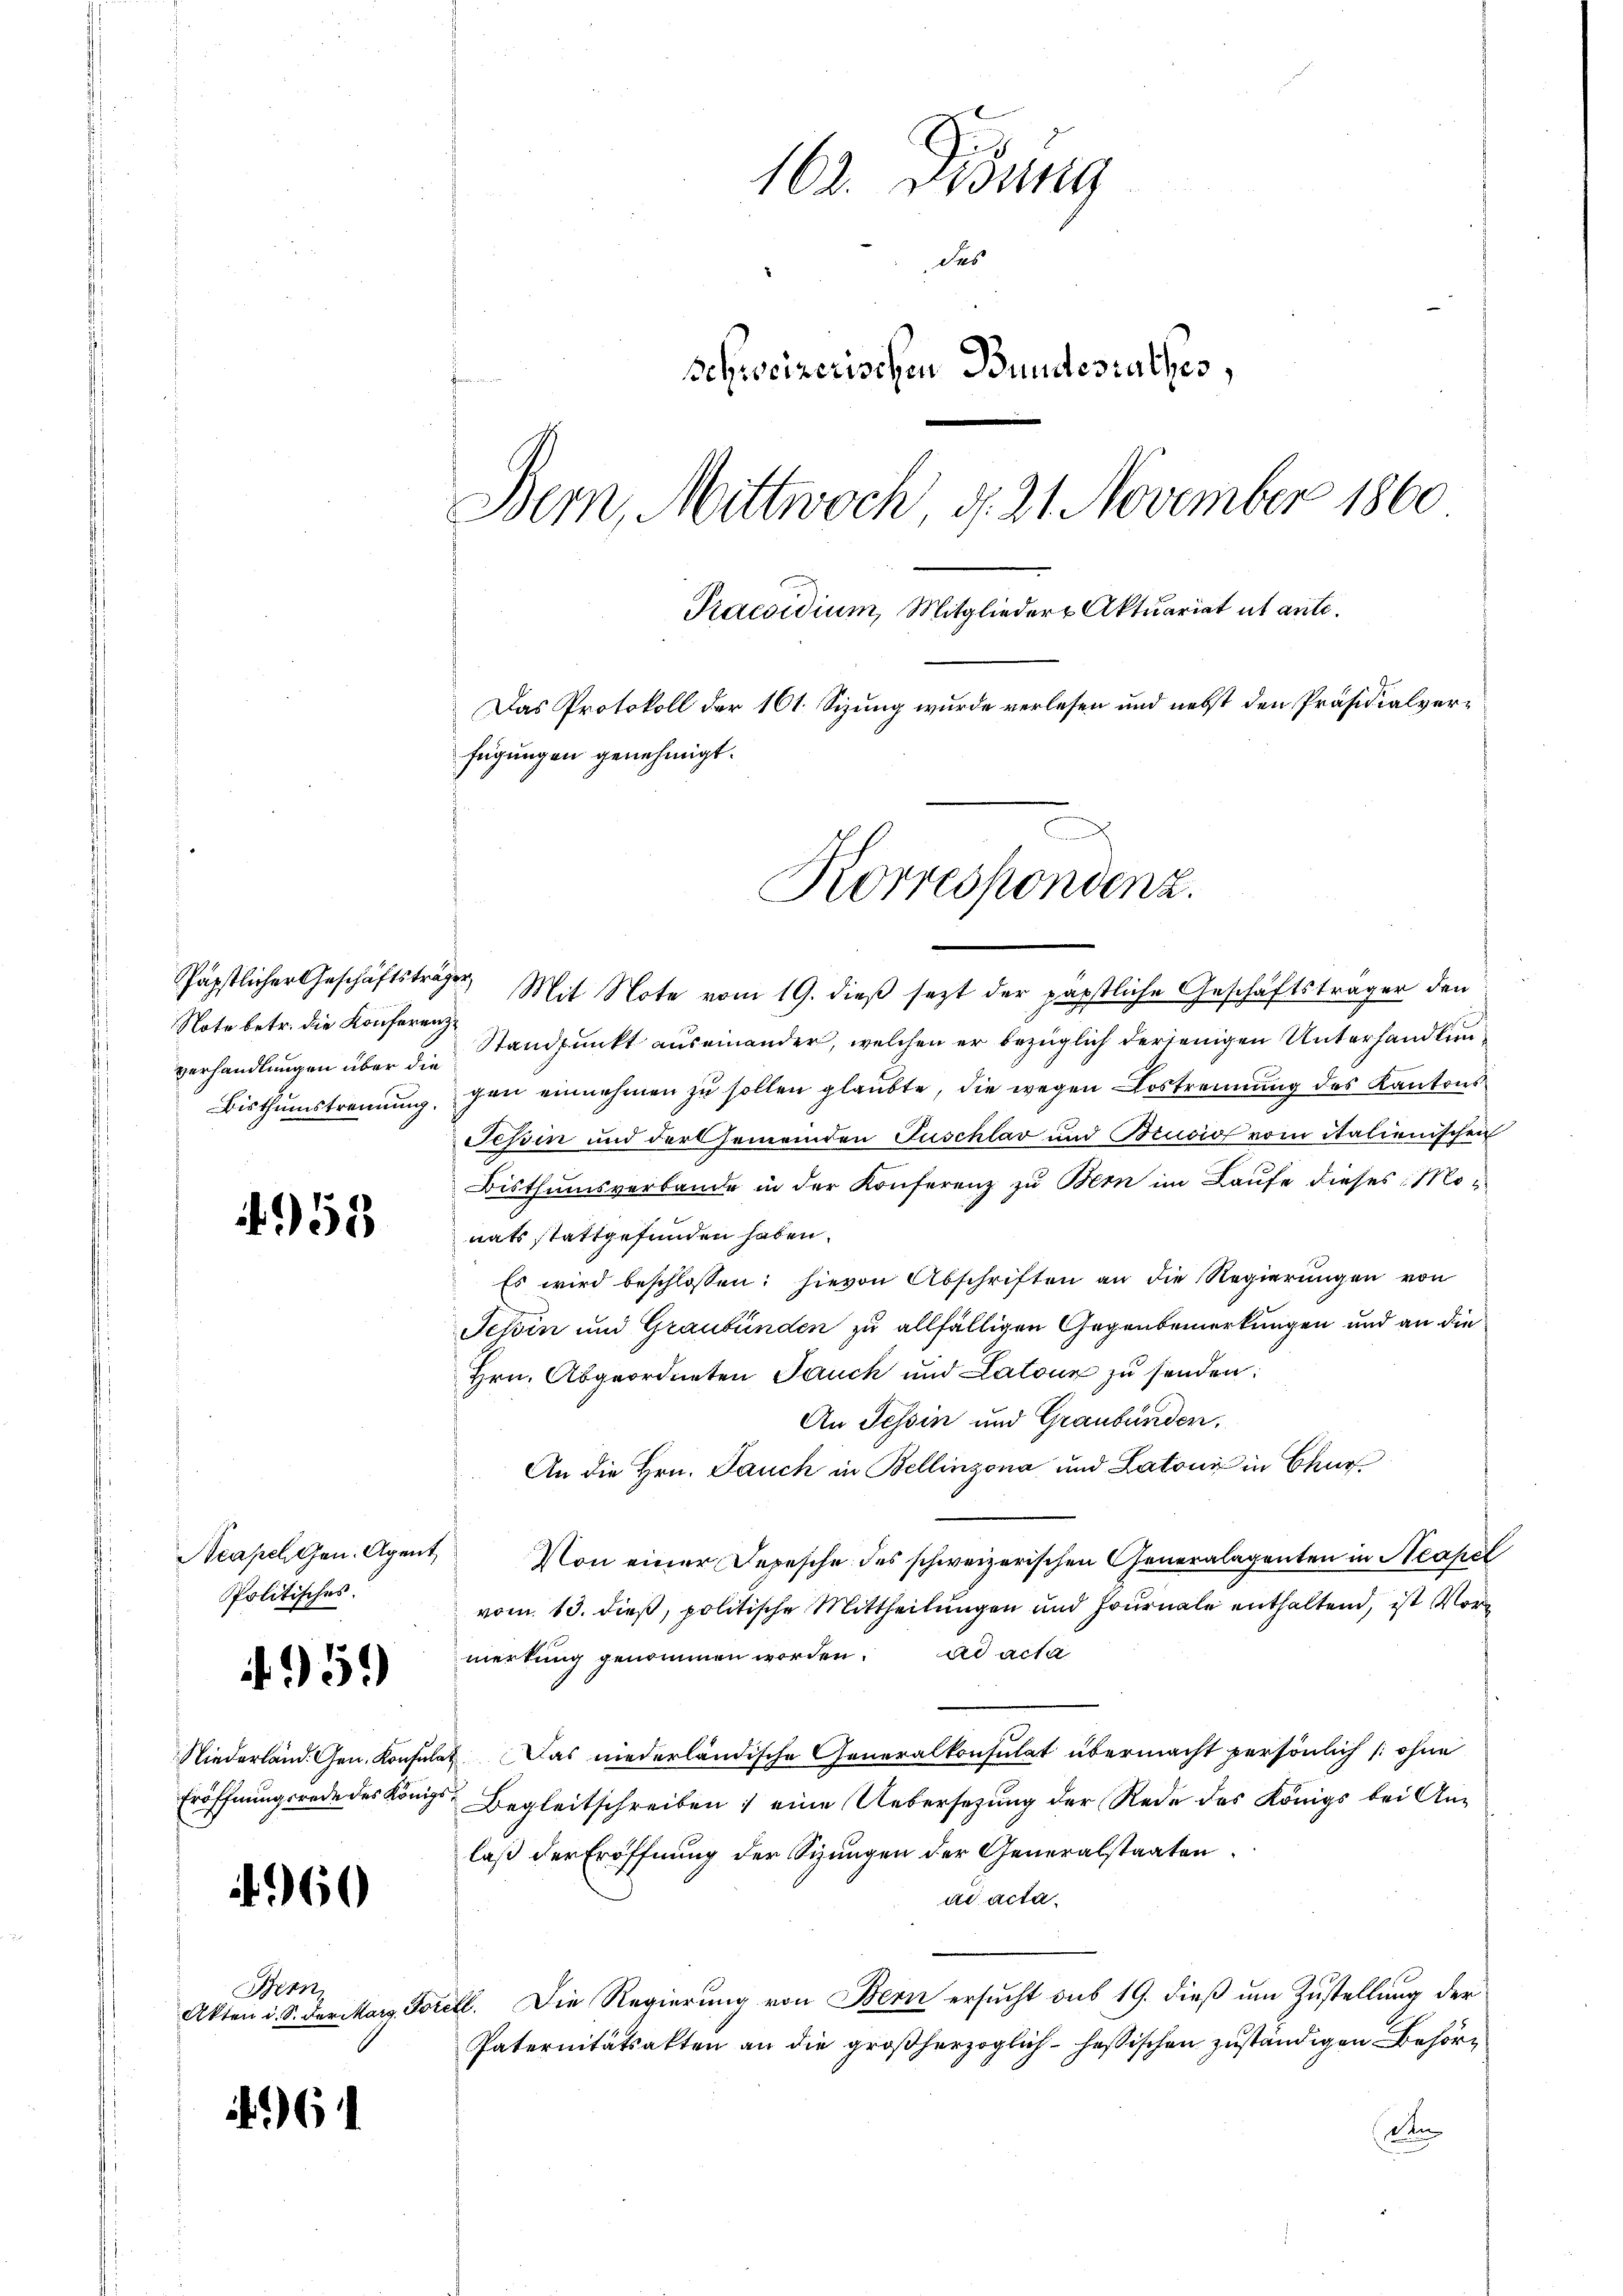
Note betr. die Konferenz
verhandlungen über die

953

Politisches.
if. 959

4960

Bern

6

162. Disung
das
schweizerischen Bundesrathes,
.
Bem, Mittwoch, d. 21. November 1860.
Praesidium, Mitglieder Aktuariat ut ante.
Das Protokoll der 161. Sizung wurde verlesen und nebst den Präsidialverfügungen genehmigt.
Korrespondenz.

Päpstlicher Geschäftsträger Mit Note vom 19. dieß sezt der päpstliche Geschäftsträger den

Standpunkt auseinander, welchen er bezüglich derjenigen Unterhandlun¬
Bisthumstrennung, gan einnehmen zu sollen glaubte, die wegen Lostrennung des Kantons¬
Jchin und der Gemeinden Puschlav und Brusio vom italienischen
Bisthumsverbande in der Konferenz zu Bern im Laufe dieses Monats stattgefunden haben.
Es wird beschlossen: hievon Abschriften an die Regierŭngen von
Jehin und Graubünden zu allfälligen Gegenbemerkungen und an die
Hrn. Abgeordneten Jauch und Latouz zu senden:
An Tessin und Graubünden,
An die Hrn. Jauch in Bellinzona und Latoni in Chur
Neapellen. Agent. Von einer Depesche des schweizerischen Generalagenten in Neapel
vom 13. dieß, politische Mittheilungen und Journale enthaltend, ist Vormerkung genommen worden. ad acta
Niederländ. Gen. Konsulat Das niederländische Generalkonsulat übermacht persönlich /: ohne
Eröffnungsrede des Königl. Begleitschreiben eine Uebersezung der Rede des Königs bei Anlaß der Eröffnung der Sizungen der Generalstaaten
ad acta.
Akten u. S. der Marg. Forell. Die Regierung von Bern ersucht sub 19. dieß um Zustellung der
Paternitätsakten an die großherzoglich-Heßischen zuständigen Behörte